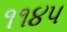
૧૧૪૫